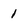
Character: 1